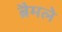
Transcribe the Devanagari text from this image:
ब्रैमले